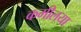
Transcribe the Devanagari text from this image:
कमीलया